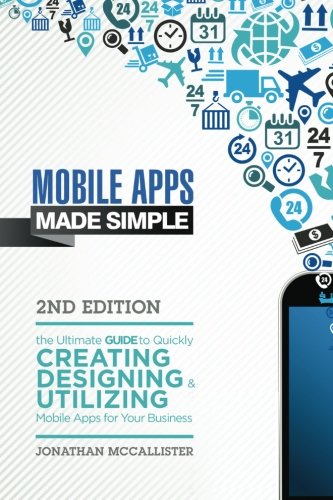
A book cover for Mobile Apps Made Simple: The Ultimate Guide to Quickly Creating, Designing and Utilizing Mobile Apps for Your Business - 2nd Edition (mobile ... android programming, android apps, ios apps); Jonathan McCallister; Computers & Technology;